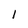
Character: l